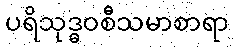
ပရိသုဒ္ဓဝစီသမာစာရာ